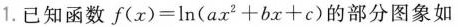
1.已知函数$$f ( x ) = l n ( a x ^ { 2 } + b x + c )$$的部分图象如